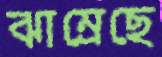
ঝাম্‌রেছে